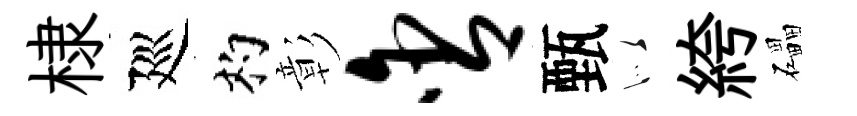
棣廵杓彰含甄似絝礧